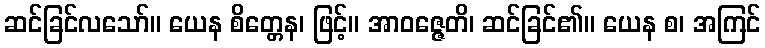
ဆင်ခြင်လသော်။ ယေန စိတ္တေန၊ ဖြင့်။ အာဝဇ္ဇေတိ၊ ဆင်ခြင်၏။ ယေန စ၊ အကြင်